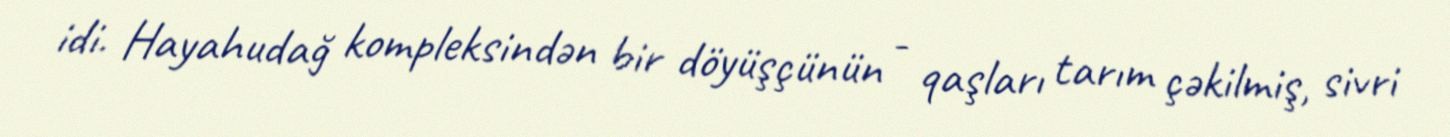
idi. Hayahudağ kompleksindən bir döyüşçünün - qaşları tarım çəkilmiş, sivri